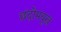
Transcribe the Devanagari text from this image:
छंदोमयूख